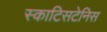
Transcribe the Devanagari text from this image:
स्काटिसटेनिस